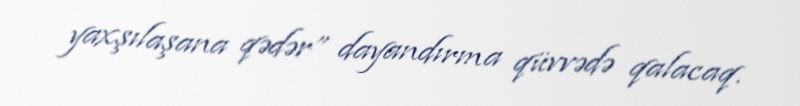
yaxşılaşana qədər” dayandırma qüvvədə qalacaq.